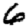
Digit: 6